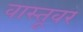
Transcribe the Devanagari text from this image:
वास्तूवर